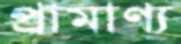
প্রামাণ্য